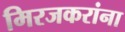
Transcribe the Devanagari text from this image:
मिरजकरांना